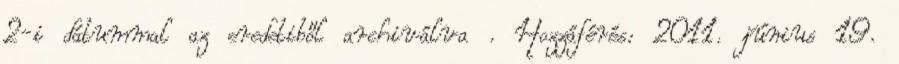
2-i dátummal az eredetiből archiválva . Hozzáférés: 2011. június 19.